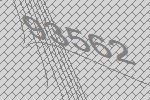
93562